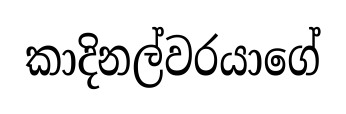
කාදිනල්වරයාගේ